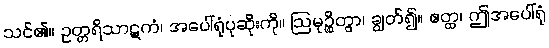
သင်၏။ ဥတ္တရိသာဋကံ၊ အပေါ်ရုံပုဆိုးကို။ ဩမုဉ္စိတွာ၊ ချွတ်၍။ ဧတ္ထ၊ ဤအပေါ်ရုံ